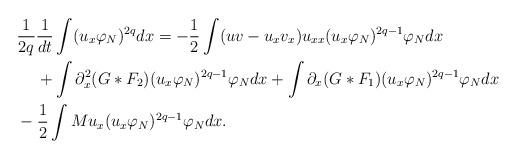
LaTeX: \begin{align*}& \frac{1}{2q}\frac{1}{dt}\int (u_x\varphi _N)^{2q}dx=-\frac{1}{2}\int (uv-u_xv_x)u_{xx}(u_x\varphi _N)^{2q-1}\varphi _Ndx\\&\phantom{ \frac{1}{2q}}+\int \partial_x^2(G\ast F_2)(u_x\varphi _N)^{2q-1}\varphi _N dx+\int \partial_x(G\ast F_1)(u_x\varphi _N)^{2q-1}\varphi _N dx\\&-\frac{1}{2}\int M u_x(u_x\varphi _N)^{2q-1}\varphi _N dx.\end{align*}